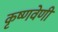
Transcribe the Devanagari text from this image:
कृष्णवेणी